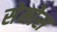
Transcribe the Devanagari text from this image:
सेमोस